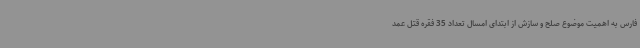
فارس به اهمیت موضوع صلح و سازش از ابتدای امسال تعداد 35 فقره قتل عمد